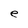
Character: e